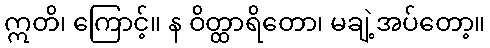
ဣတိ၊ ကြောင့်။ န ဝိတ္ထာရိတော၊ မချဲ့အပ်တော့။